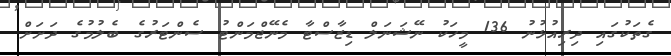
ގެތަކުގައި ދިރިއުޅުނު 136 މީހަކު ނޭޝަނަލް ޑިޒާސްޓާ މެނޭޖްމަންޓު ސެންޓަރުގެ ބެލުމުގެ ދަށަށް